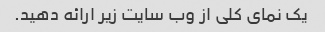
یک نمای کلی از وب سایت زیر ارائه دهید.